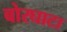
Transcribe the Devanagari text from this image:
बोरघाटा